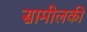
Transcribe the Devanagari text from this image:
सामीलकी